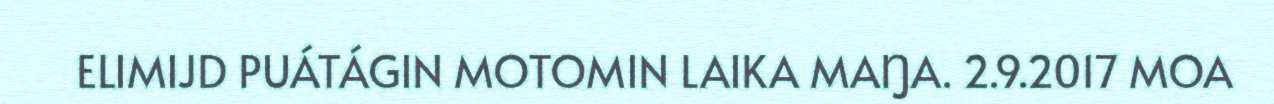
ELIMIJD PUÁTÁGIN MOTOMIN LAIKA MAŊA. 2.9.2017 MOA